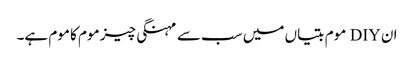
ان DIY موم بتیاں میں سب سے مہنگی چیز موم کا موم ہے۔